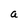
Character: a